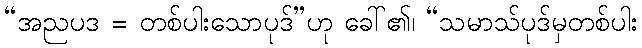
“အညပဒ = တစ်ပါးသောပုဒ်”ဟု ခေါ်၏၊ “သမာသ်ပုဒ်မှတစ်ပါး